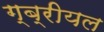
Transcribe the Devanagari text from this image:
ग्ब्रीयल